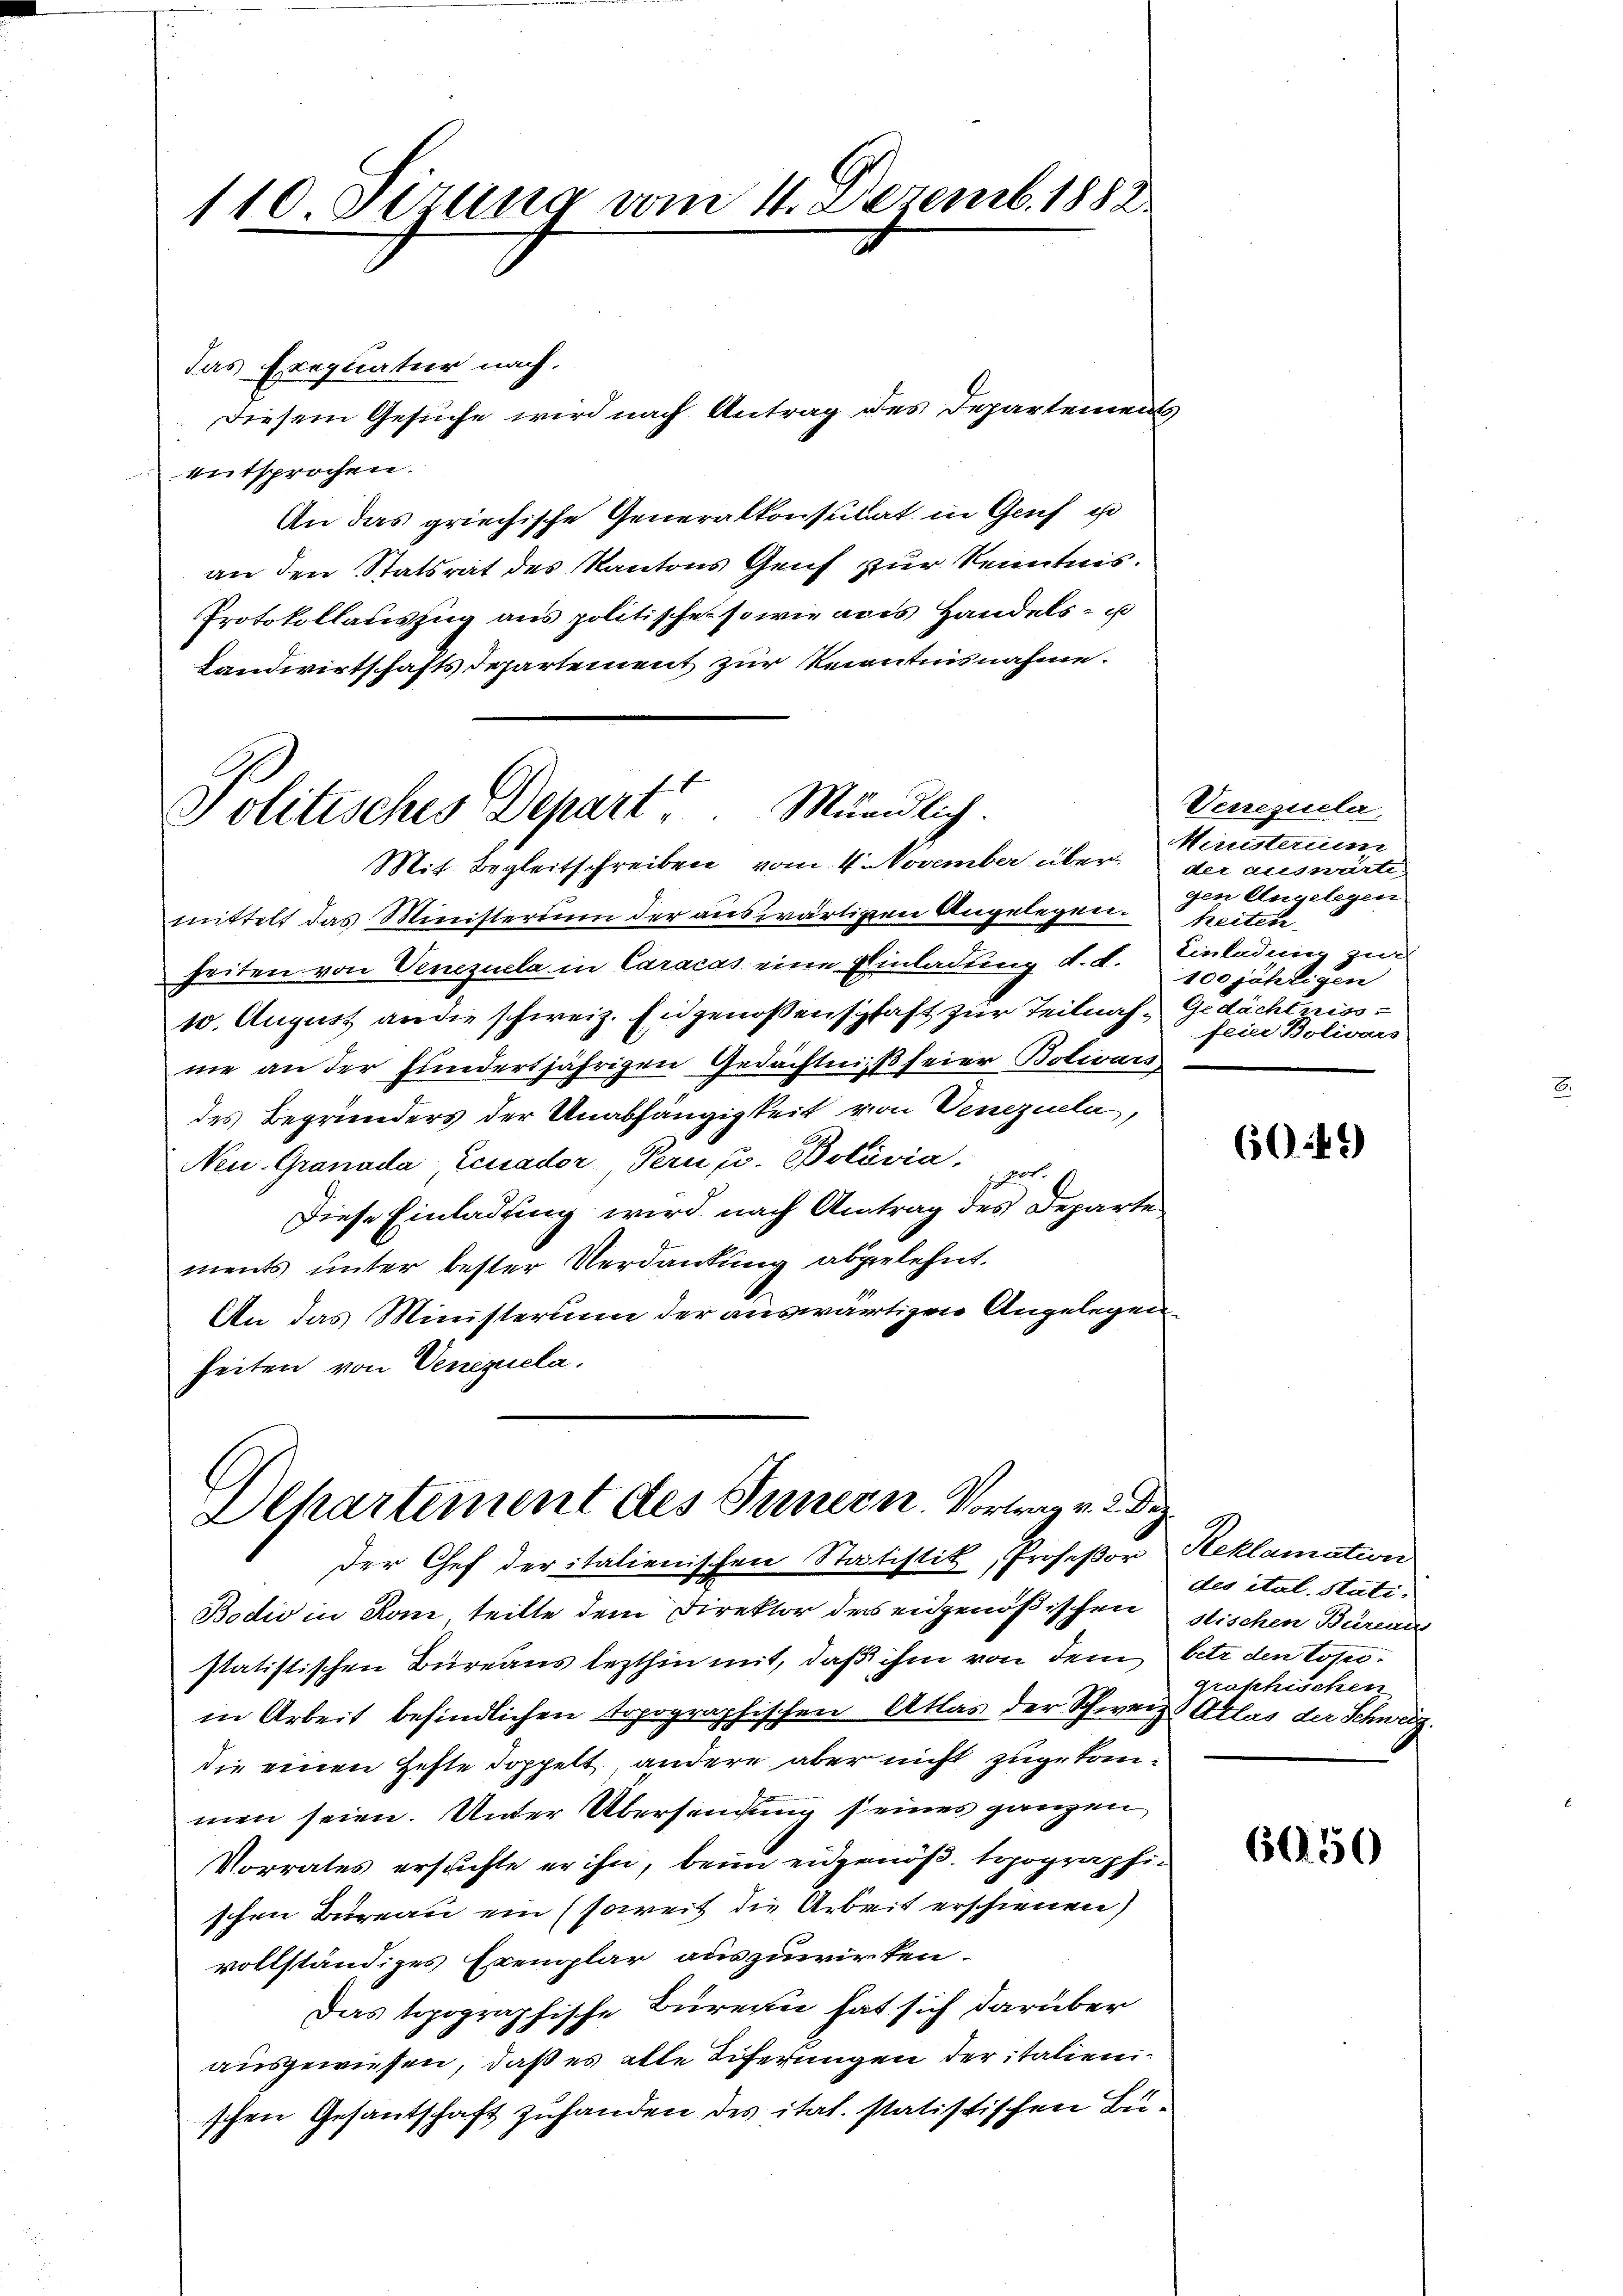
110. Setzung vom 4. Dezemb. 1888.

das Exequatur nach.
Diesem Gesuche wird nach Antrag des Departements,
entsprochen.
An das griechische Generalkonsulat in Genf u
an den Statsrat des Kantons Genf zur Kenntnis.
Protokollauszug aus politisches sowie aus Handels- u
Landwirtschaftsdepartement zur Kenntnisnahme.

Politisches Depart Mündlich.

Mit. Begleitschreiben vom 4. November übermittelt das Ministerium der auswärtigen Angelegen.
heiten von Venezuela in Caracas eine Einladung d. d. Einladung zur
10. August an die schweiz. Engenoßenschaft zur Teilnahm Gedächtniss
ne an der hundertjährigen Gedächtniß seier Bolivars
des Begründers der Unabhängigkeit von Venezuela,
Neu. Granada Ecuador Pern u. Bolivia,
sichert.
Diese Einladung wird nach Antrag des Departe
ments unter bester Verdankung abgelehnt.
An das Ministerium der auswärtigen Angelegenheiten von Venezuela

Departement des Innern. Vortrag v. 2. Dez.

der Chef der italienischen Statistik, Profeßor
Bodis in Rom, teilte dem Direktor des eidgenößischen
statistischen Büreaus lezthin mit, daß ihm von dem
in Arbeit befindlichen Topographischen Atlas der Schweiz. Atlas der Schweiz.
die einen Hefte doppelt, andere aber nicht zugekommen seien. Unter Übersendung seines ganzen
Vorrates ersuchte er ihn, beim eidgenöß. topographischen Büreau ein (soweit die Arbeit erschienen)
vollständiges Exemplar auszuwirken.
Das topographische Büreau hat sich darüber
ausgewiesen, daß es alte Tiferungen der italienischen Gesantschaft zuhanden des ital. statistischen Bu¬

Verrezuela,
Ministerium
der auswärti
gen Angelegen
heiten
100 jährigen
feier Bolivars

60:41)

Reklamation
des ital. Stati.
dtischen Bureau
betr. den Loses
groschischen

6050